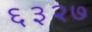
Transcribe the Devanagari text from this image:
६३२७